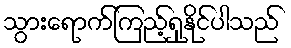
သွားရောက်ကြည့်ရှုနိုင်ပါသည်